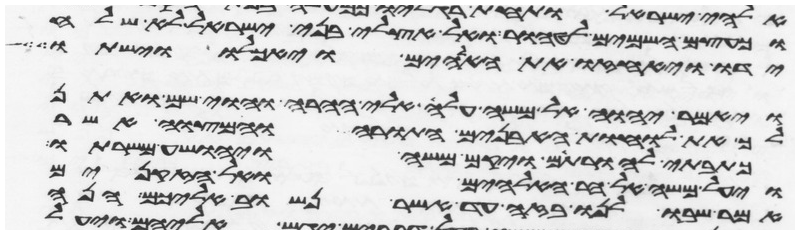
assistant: וכעצם השמים לטהור ואל אצלי בני ישראל לא שלח
ידו ויאחזו את האלהים ויאכלו וישתו
ויאמר יהוה אל משה עלה אלי ההרה והוי שם ואתן
לך את לוחת האבנים התורה והמצוה אשר
כתבתי להורתם ויקם משה ויהושע משרתו
ויעל משה אל הר האלהים ואל הזקנים
אמר שבו לנו בזה עד אשר נשוב אליכם הנה